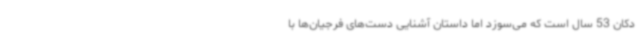
دکان 53 سال است که می‌سوزد اما داستان آشنایی دست‌های فرجیان‌ها با